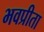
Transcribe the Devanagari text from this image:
भवप्रीता